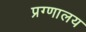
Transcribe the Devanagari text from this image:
प्रग्णालय